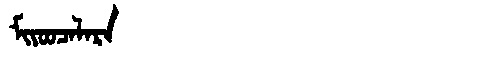
Manchu: ᠮᡳᠶᠣᠣᠴᠠᠯᠠᡵᠠ
Romanization: MIYOOCALARA